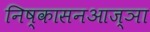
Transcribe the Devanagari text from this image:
निष्कासनआज्ञा